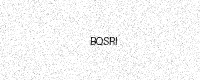
Text: BQSRI